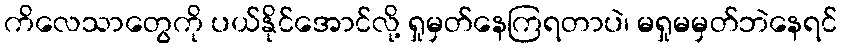
ကိလေသာတွေကို ပယ်နိုင်အောင်လို့ ရှုမှတ်နေကြရတာပဲ၊ မရှုမမှတ်ဘဲနေရင်